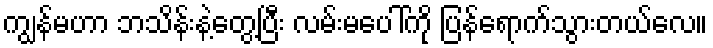
ကျွန်မဟာ ဘသိန်းနဲ့တွေ့ပြီး လမ်းမပေါ်ကို ပြန်ရောက်သွားတယ်လေ။